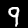
Digit: 9